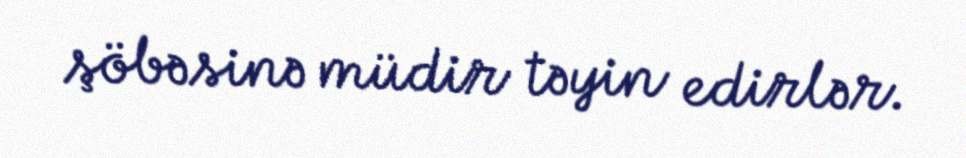
şöbəsinə müdir təyin edirlər.